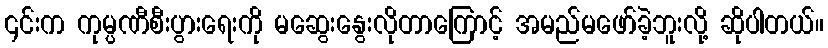
၎င်းက ကုမ္ပဏီစီးပွားရေးကို မဆွေးနွေးလိုတာကြောင့် အမည်မဖော်ခဲ့ဘူးလို့ ဆိုပါတယ်။